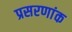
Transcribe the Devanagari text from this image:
प्रसरणांक